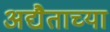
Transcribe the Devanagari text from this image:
अद्यैताच्या